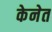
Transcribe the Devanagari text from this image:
केनेत